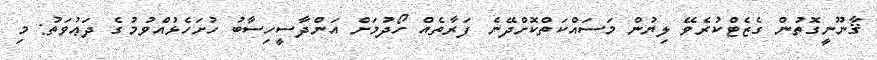
ޤާނޫނީގޮތުން ގެޒެޓްކުރެވޭ ލިޔުން މަސައްކަތްކޮށްދޭނެ ފަރާތެއް ހޯދުމަށް އަންދާސީހިސާބު ހުށަހެޅުއްވުމުގެ ދަޢުވަތު: މި